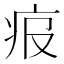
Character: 𤵓